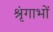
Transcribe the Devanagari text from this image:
श्रृंगाभों